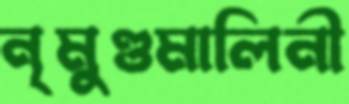
নৃমুণ্ডমালিনী